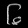
Digit: ၆